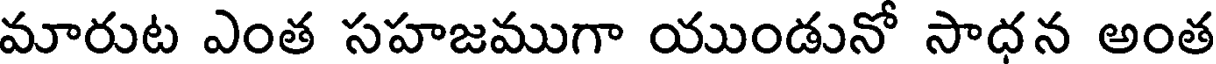
మారుట ఎంత సహజముగా యుండునో సాధన అంత